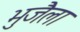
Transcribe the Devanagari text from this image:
भुजैला